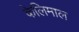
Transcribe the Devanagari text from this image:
केलिमाल